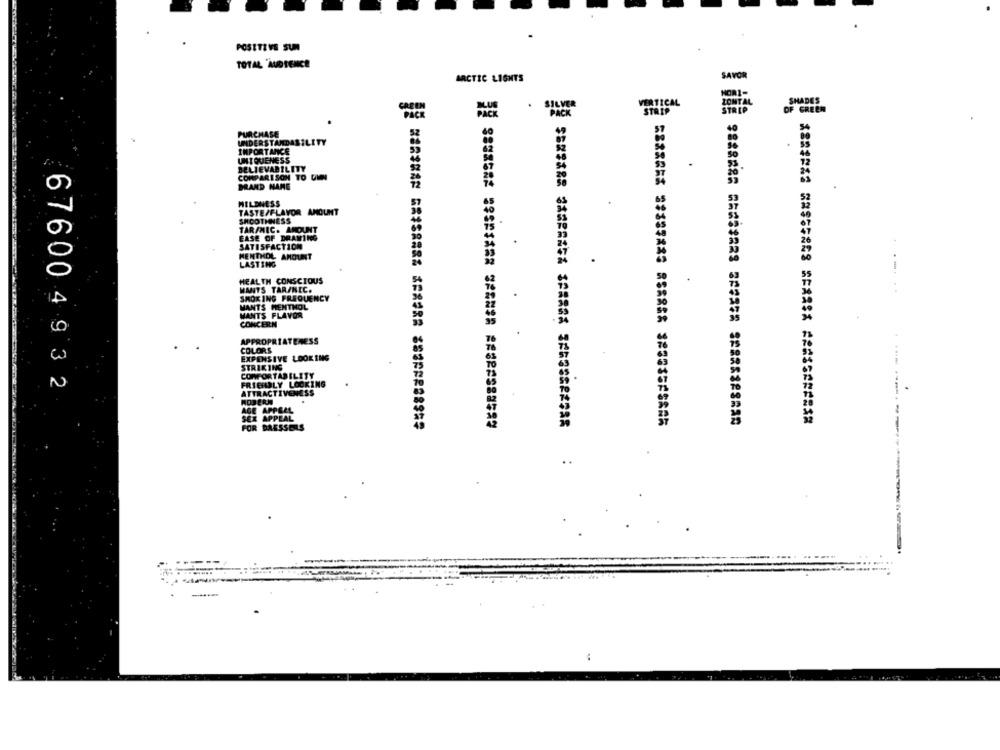
POSITIVE SUN
TOTAL AUDIENCE
SAVOR
ARCTIC LIGHTS
.
SILVER
VERTICAL
DONTAL
STRIP
OF GREEN
PURCHASE
UNDERSTANDASILITY
IMPORTANCE
UNIQUENESS
BELIEVABILITY
COMPARISON TO DIN
BRAND NAME
WILDNESS
TASTE/FLAVOR AMOUNT
SMOOTHNESS
TARAMIC. AMOUNT
EASE OF DRAWING
SATISFACTION
MENTHOL AMOUNT
LASTING
HEALTH CONSCIOUS
WANTS TAR/NEC.
SMOKING FREQUENCY
MANTS MENTHOL
MANTS FLAVOR
CONCERN
APPROPRIATENESS
COLORS
EXPENSIVE LOOKING
STRIKING
COMFORTABILITY
FRIENDLY LOOKING
676004932
ATTRACTIVENESS
NOJERN
AGE APPEAL
SEX APPEAL
FOR
DRESSERS